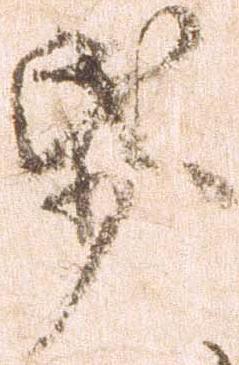
紙